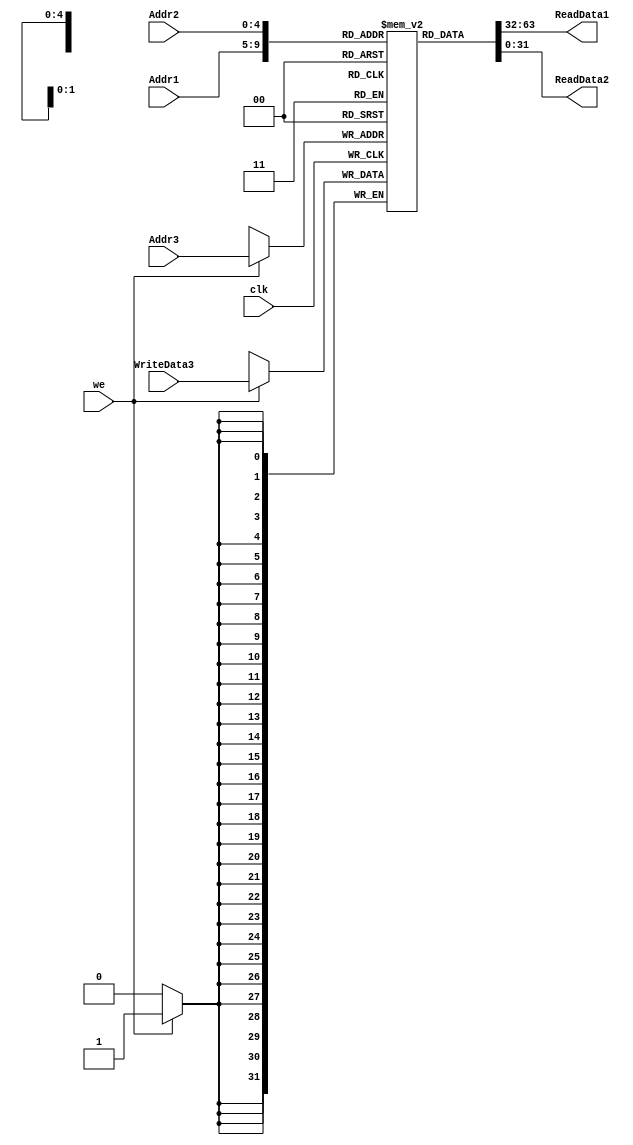
module registerfile #(parameter DW = 32)(
	input clk, we, 
	input [4:0] Addr1, Addr2, Addr3,
	input [DW-1:0] WriteData3,
	output [DW-1:0] ReadData1, ReadData2
	);
	
reg [DW-1:0] RegFile [DW-1:0];
integer i;
 initial begin
        for (i = 0; i < DW; i = i+1) 
            RegFile[i] = 32'b1;
    end

assign ReadData1 = RegFile[Addr1];
assign ReadData2 = RegFile[Addr2];

always @(posedge clk) begin
	if(we == 1) 
		RegFile[Addr3] <= WriteData3;
end 

endmodule